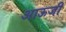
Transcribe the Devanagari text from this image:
आऊजी